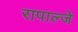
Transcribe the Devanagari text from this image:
रापाल्जे